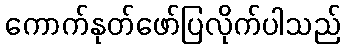
ကောက်နုတ်ဖော်ပြလိုက်ပါသည်